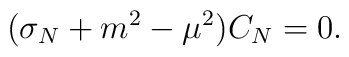
(\sigma_N + m^2 - \mu^2) C_N = 0.